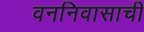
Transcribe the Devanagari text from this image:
वननिवासाची